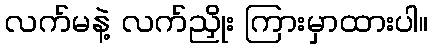
လက်မနဲ့ လက်ညှိုး ကြားမှာထားပါ။